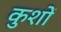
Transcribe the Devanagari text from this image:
कुशों